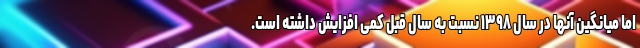
اما میانگین آنها در سال ۱۳۹۸ نسبت به سال قبل کمی افزایش داشته است.